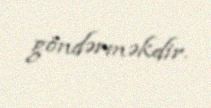
göndərməkdir.